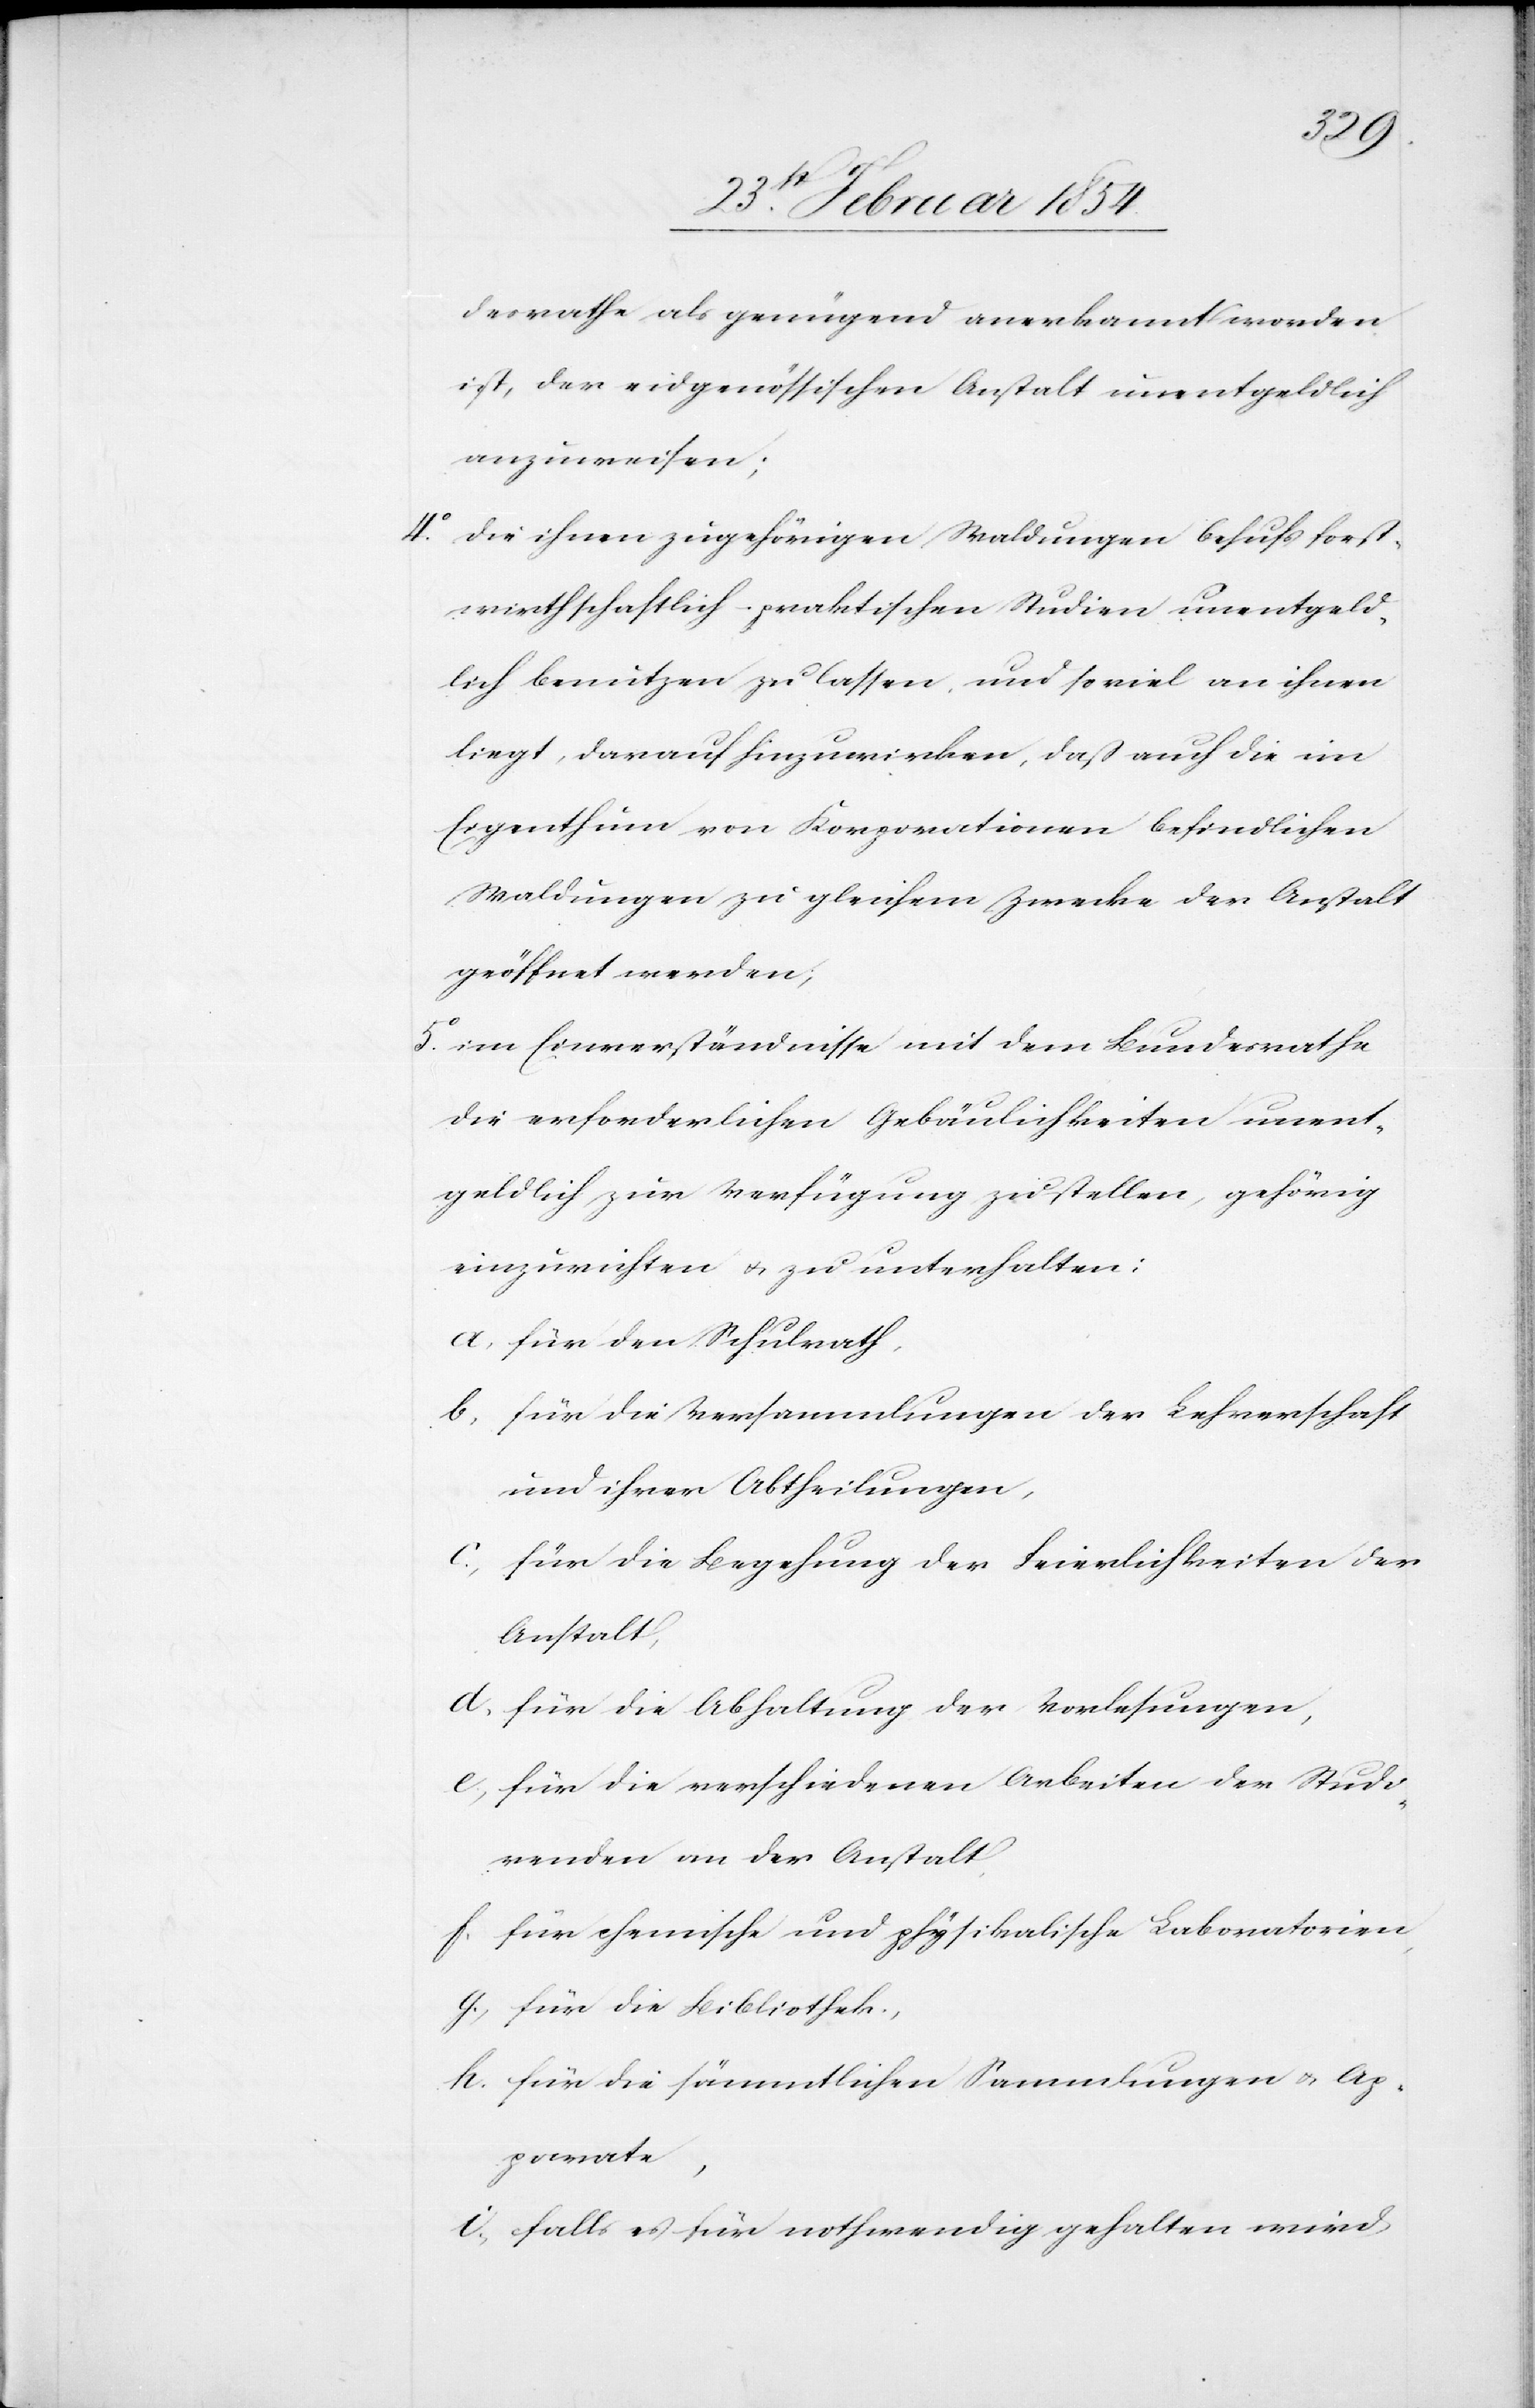
desrathe als genügend anerkannt worden
ist, der eidgenössischen Anstalt unentgeldlich
anzuweisen;
4o die ihnen zugehörigen Waldungen behufs forst¬
wirthschaftlich-praktischen Studien unentgeld¬
ich benutzen zu lassen, und soviel an ihnen
liegt, darauf hinzuwirken, daß auch die im
Eigenthum von Korporationen befindlichen
Waldungen zu gleichem Zwecke der Anstalt
geöffnet werden,
5o im Einverständnisse mit dem Bundesrathe
die erforderlichen Gebäulichkeiten unent¬
geldlich zur Verfügung zu stellen, gehörig
einzurichten u. zu unterhalten:
a. für den Schulrath,
b. für die Versammlungen der Lehrerschaft
und ihrer Abtheilungen,
c; für die Begehung von Feierlichkeiten der
Anstalt,
d. für die Abhaltung der Vorlesungen,
e; für die verschiedenen Arbeiten der Studi¬
renden an der Anstalt,
f. für chemische und physikalische Laboratorien,
g; für die Bibliothek;
h. für die sämmtlichen Sammlungen u. Ap¬
parate,
i. falls es für nothwendig gehalten wird